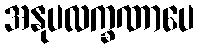
အနုပလက္ခဏာပေ